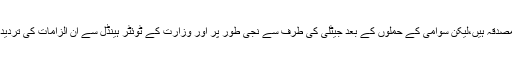
حالانکہ،یہ الزامات غیر مصدقہ ہیں،لیکن سوامی کے حملوں کے بعد جیٹلی کی طرف سے نجی طور پر اور وزارت کے ٹوئٹر ہینڈل سے ان الزامات کی تردید بنا وقت گنوائے کی گئی۔